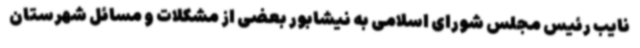
نایب رئیس مجلس شورای اسلامی به نیشابور بعضی از مشکلات و مسائل شهرستان